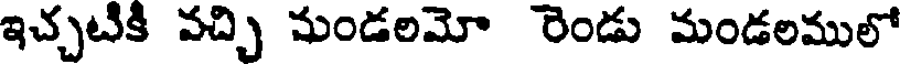
ఇచ్చటికి వచ్చి మండలమో రెండు మండలములో